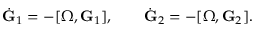
\begin{array} { r } { \dot { \bf G } _ { 1 } = - [ { \boldsymbol \Omega } , { \bf G } _ { 1 } ] , \qquad \dot { \bf G } _ { 2 } = - [ { \boldsymbol \Omega } , { \bf G } _ { 2 } ] . } \end{array}